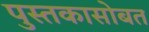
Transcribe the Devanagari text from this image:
पुस्तकासोबत